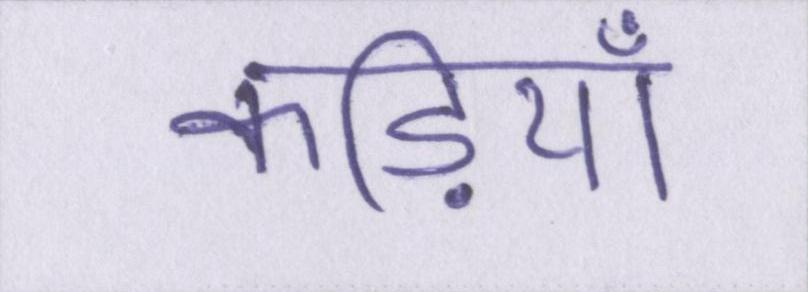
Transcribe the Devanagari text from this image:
कड़ियाँ